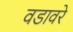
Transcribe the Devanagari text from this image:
वडावरे